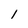
Character: l